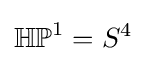
\mathbb {HP} ^{1}=S^{4}